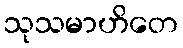
သုသမာဟိတေ